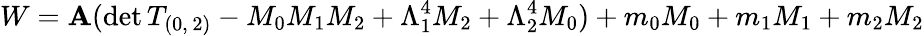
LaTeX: W=\mathbf{A}(\mathrm{{det}}\, T_{(0,\, 2)}-M_{0}M_{1}M_{2}+\Lambda_{1}^{4}M_{2}+\Lambda_{2}^{4}M_{0})+m_{0}M_{0}+m_{1}M_{1}+m_{2}M_{2}